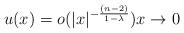
LaTeX: \begin{align*}u(x) = o(|x|^{-\frac{(n-2)}{1-\lambda}})x\to 0\end{align*}